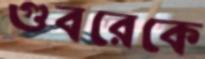
গুবরেকে